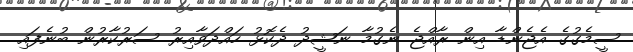
ސީމެގުގެ އެޖެންޑާ އިން ރާއްޖެ ނެގުމާ ނަޝީދު ދެކޮޅު ހައްދަވާއިރު ސަރުކާރުން ބުނެފައި